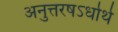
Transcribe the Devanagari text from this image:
अनुत्तरषऽर्धार्थ